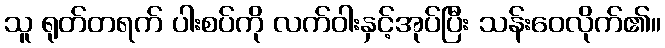
သူ ရုတ်တရက် ပါးစပ်ကို လက်ဝါးနှင့်အုပ်ပြီး သန်းဝေလိုက်၏။